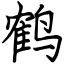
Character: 鹤